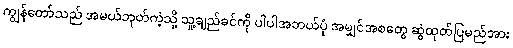
ကျွန်တော်သည် အမယ်ဘုတ်ကဲ့သို့ သူ့ချည်ခင်ကို ပါပါအဘယ်ပုံ အမျှင်အစတွေ ဆွဲထုတ်ပြမည်အား